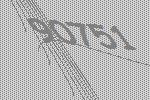
90751